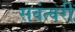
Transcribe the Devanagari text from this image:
सवंत्वरी